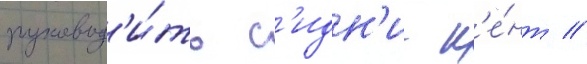
руковод'и́ть с'идн'и к'е́нт //